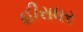
હીરાધર